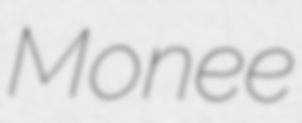
Monee